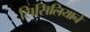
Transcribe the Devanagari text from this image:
सिसिलियाने